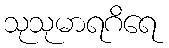
သုသုမာရဂိရေ